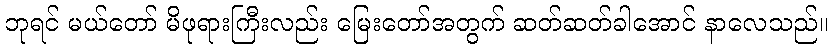
ဘုရင် မယ်တော် မိဖုရားကြီးလည်း မြေးတော်အတွက် ဆတ်ဆတ်ခါအောင် နာလေသည်။